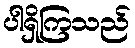
ပါရှိကြသည်